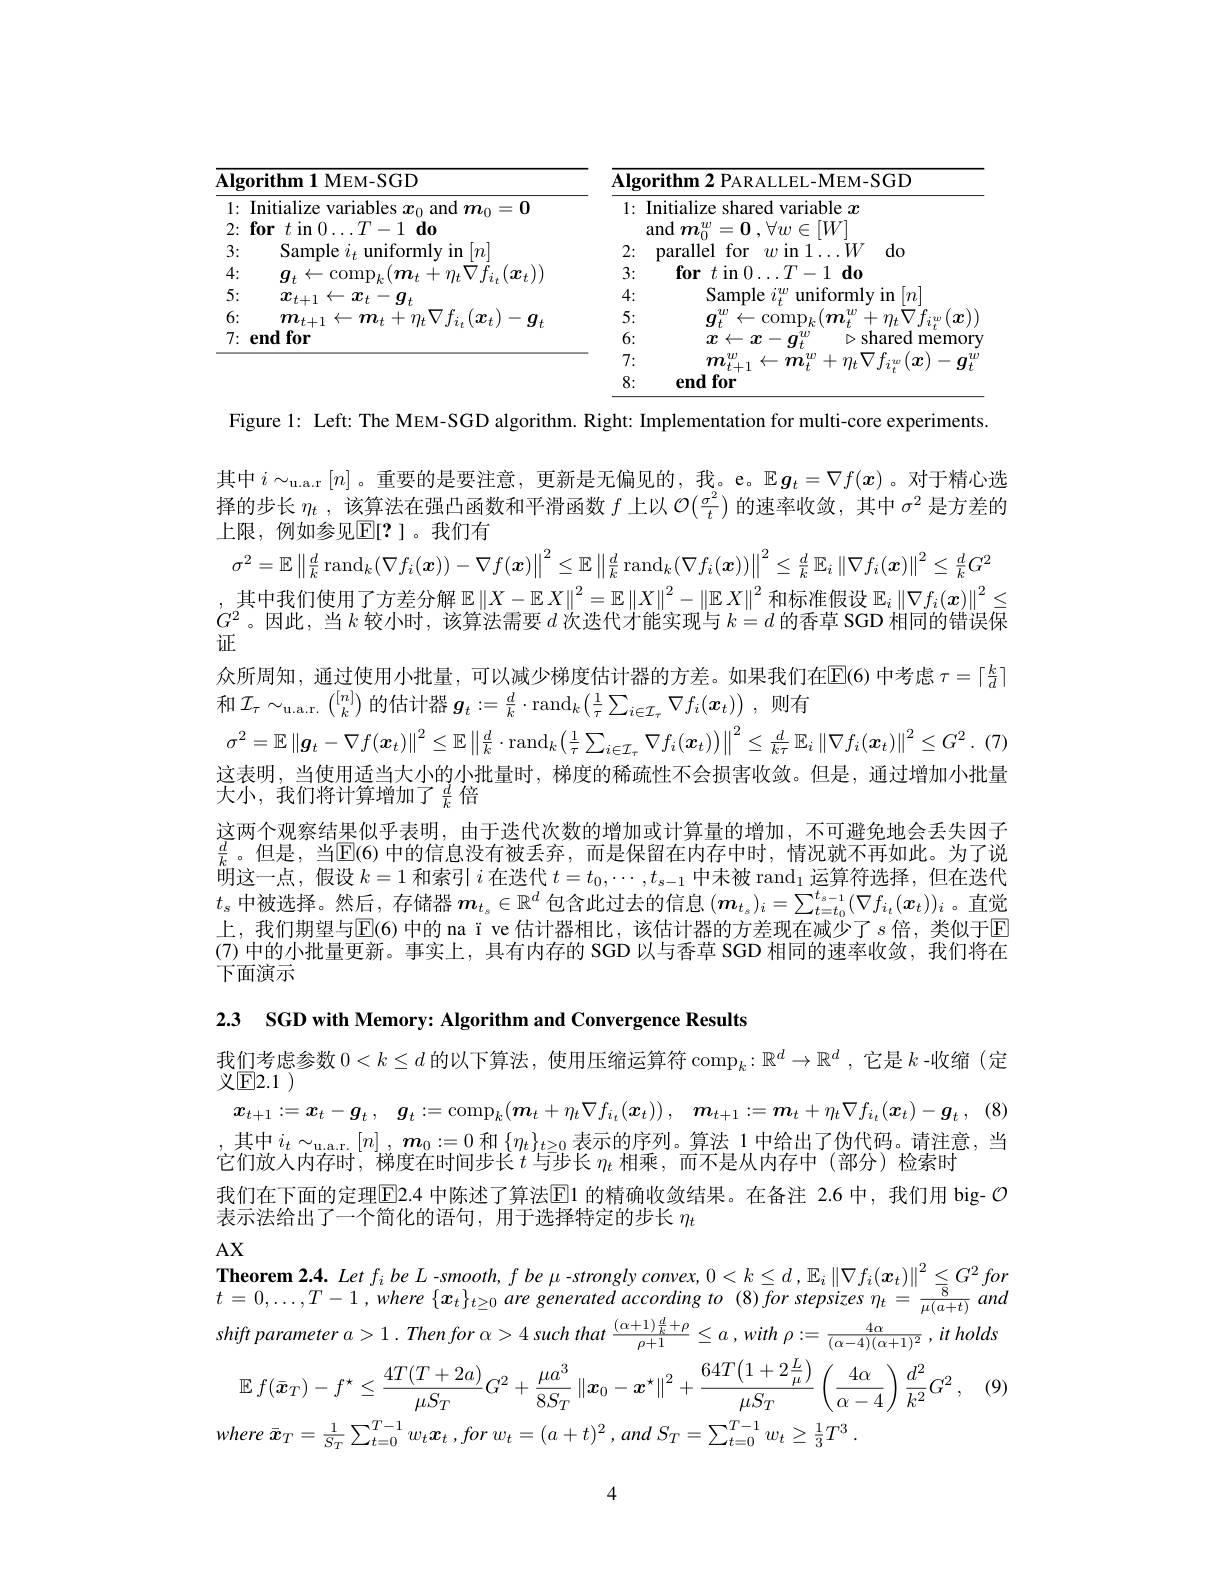
<table>
	<tbody>
		<tr>
			<th>$\mathbf{ithm1MEM-SGD}$</th>
			<th>$\overline{\mathbf{Alg}}$</th>
			<th>$\mathbf{g} _{0}\textbf{rithm 2 PARALLEL- MEM- SGD}$</th>
		</tr>
		<tr>
			<td>nitialize variables $x_0$ and $m_0=\mathbf{0}$ $\textbf{or}t$ in$0\ldots T- 1\textbf{do}$</td>
			<td>1:</td>
			<td>Initialize shared variable $x$ $\mathop{\mathrm{and}}m_{\mathrm{o}}^{w}$ $^{\prime }= 0$ $. \forall w\in [ W]$</td>
		</tr>
		<tr>
			<td>${\mathrm{Sample~}i_{t}}$uniformly in$\left[n\right]$</td>
			<td>2:</td>
			<td>parallelfor $w$ in 1$\ldots W$ $do$ $\cdot$</td>
		</tr>
		<tr>
			<td>$(m_{t}+n_{t}\nabla f_{i}(\boldsymbol{x}_{t})$ $\boldsymbol{q}_{t}\leftarrow$ $\mathrm{-~comp}_{l}$</td>
			<td>3:</td>
			<td>$\textbf{for}t$in$0\ldots T- 1\textbf{do}$</td>
		</tr>
		<tr>
			<td>$x_{t+1}\leftarrow x_{t}-g_{t}$</td>
			<td>4:</td>
			<td>Sample $i_{t}^{w}$ uniformly in $[n]$</td>
		</tr>
		<tr>
			<td>$m_{t+1}$ $\leftarrow m_{t}$ $++n_{\pm}$ $\nabla f_{i.}(\boldsymbol{x}_{t})-$ 0</td>
			<td>5:</td>
			<td>$\leftarrow($ comp$_{l}$ $(m$ -4 ${\mathbf{r}}_{\cdots{\mathbf{r}}}$ .1/7</td>
		</tr>
		<tr>
			<td>ndfor</td>
			<td>6:</td>
			<td>20 $\triangleright shared$ $\boldsymbol{T}$ 一 $2T$ memor</td>
		</tr>
		<tr>
			<td> </td>
			<td>7:</td>
			<td>$m_{t+}^w.$ $\leftarrow m^{w}+n_{t}$V $f_{:w}(\boldsymbol{r}.$</td>
		</tr>
		<tr>
			<td> </td>
			<td>8:</td>
			<td>for emd</td>
		</tr>
	</tbody>
</table>

Figure l: Left: The MEM-SGD algorithm. Right: Implementation for multi-core experiments
其中$i\sim_{\mathrm{u.a.r}}[n]$。重要的是要注意，更新是无偏见的，我。e。$\mathbb{E}\boldsymbol{g}_t=\nabla f(\boldsymbol{x})$。对于精心选择的步长$\eta_t$,该算法在强凸函数和平滑函数$f$上以$\mathcal{O}(\frac{\sigma^2}t)$的速率收敛，其中$\sigma^2$是方差的上限，例如参见$\mathbb{E}[?]$。我们有
$$\sigma^2=\mathbb{E}\left\|\frac{d}{k}\operatorname{rand}_k(\nabla f_i(\boldsymbol{x}))-\nabla f(\boldsymbol{x})\right\|^2\leq\mathbb{E}\left\|\frac{d}{k}\operatorname{rand}_k(\nabla f_i(\boldsymbol{x}))\right\|^2\leq\frac{d}{k}\mathbb{E}_i\left\|\nabla f_i(\boldsymbol{x})\right\|^2\leq\frac{d}{k}G^2$$
,其中我们使用了方差分解$\mathbb{E}\left\|X-\mathbb{E}X\right\|^2=\mathbb{E}\left\|X\right\|^2-\left\|\mathbb{E}X\right\|^2$和标准假设 $\mathbb{E}_i\left\|\nabla f_i(\boldsymbol{x})\right\|^2\leq$ $G^2$。因此，当$k$较小时，该算法需要$d$次迭代才能实现与$k=d$的香草 SGD 相同的错误保证
众所周知，通过使用小批量，可以减少梯度估计器的方差。如果我们在$\mathbb{E}(6)$ 中考虑 $\tau=\lceil\frac kd\rceil$
和$\mathcal{I}_\tau\sim_\mathrm{u.a.r.~}\binom{[n]}k$的估计器$g_t:=\frac dk\cdot\operatorname{rand}_k\left(\frac1\tau\sum_{i\in\mathcal{I}_\tau}\nabla f_i(x_t)\right)$,则有
$$\sigma^{2}=\mathbb{E}\left\|\boldsymbol{g}_{t}-\nabla f(\boldsymbol{x}_{t})\right\|^{2}\leq\mathbb{E}\left\|\frac{d}{k}\cdot\mathrm{rand}_{k}\left(\frac{1}{\tau}\sum_{i\in\mathcal{I}_{\tau}}\nabla f_{i}(\boldsymbol{x}_{t})\right)\right\|^{2}\leq\frac{d}{k\tau}\mathbb{E}_{i}\left\|\nabla f_{i}(\boldsymbol{x}_{t})\right\|^{2}\leq G^{2}$$
这表明，当使用适当大小的小批量时，梯度的稀疏性不会损害收敛。但是，通过增加小批量
大小，我们将计算增加了$\frac dk$倍
这两个观察结果似乎表明，由于迭代次数的增加或计算量的增加，不可避免地会丢失因子$\frac dk$。但是，当$\overline{\mathrm{E}}(6)$ 中的信息没有被丢弃，而是保留在内存中时，情况就不再如此。为了说$\ddot{\text{明这一点，假设 }k=1\text{ 和索引 }i\text{ 在迭代 }t=t_0,\cdots,t_{s-1}\text{ 中未被 rand}_1\text{ 运算符选择，但在迭代}}$ $t_s$中被选择。然后，存储器$\boldsymbol{m}_t_s\in\mathbb{R}^d$包含此过去的信息$(\boldsymbol{m}_t_s)_i=\sum_{t=t_0}^{t_{s-1}}(\nabla f_{i_t}(\boldsymbol{x}_t))_i$ 。直觉上，我们期望与$\mathbb{E}(6)$ 中的 na ï ve 估计器相比，该估计器的方差现在减少了$s$ 倍，类似于E (7) 中的小批量更新。事实上，具有内存的 SGD 以与香草 SGD 相同的速率收敛，我们将在下面演示

2.3 SGD with Memory: Algorithm and Convergence Results

$x_{t+ 1}: = x_t- g_t$ , $g_t: = \operatorname { comp} _k( \boldsymbol{m}_t+ \eta _t\nabla f_{i_t}( \boldsymbol{x}_t) )$ , $\boldsymbol{m}_{t+ 1}: = \boldsymbol{m}_t+ \eta _t\nabla f_{i_t}( \boldsymbol{x}_t) - \boldsymbol{g}_t$ , (8)

我们考虑参数$0<k\leq d$的以下算法，使用压缩运算符 comp$_k:\mathbb{R}^d\to\mathbb{R}^d$,它是$k$ -收缩(定
义$\textcircled{\mathrm{F}}2.1$
,其中$i_t\sim_{\mathrm{u.a.r.}}[n],\boldsymbol{m}_0:=0$ 和$\left\{\eta_t\right\}_t\geq0$表示的序列。算法 1 中给出了伪代码。请注意，当
它们放人内存时，梯度在时间步长$t$与步长$\eta_t$相乘，而不是从内存中(部分)检索时
我们在下面的定理$\overline{\mathrm{E}}$2.4 中陈述了算法$\mathbb{E}$1 的精确收敛结果。在备注 2.6 中，我们用 big- $\mathcal{O}$
表示法给出了一个简化的语句，用于选择特定的步长$\eta_t$
AX

$\textbf{Theorem 2.4. Let f}_{i}$ be L-smooth, f be $\mu$ -strongly convex, $0<k\leq d,\mathbb{E}_{i}\left\|\nabla f_{i}(\boldsymbol{x}_{t})\right\|^{2}\leq G^{2}for$

$t= 0, \ldots , T- 1, where$ $\{ x_{t}\} _{t\geq 0}$ are generated according to (8)for stepsizes $\eta_t=\frac{8}{\mu(a+t)}$ anc shift parameter $a> 1. Then$ for $\alpha > 4$ such that $\frac {( \alpha + 1) \frac dk+ \rho }{\rho + 1}\leq a$ $, with$ $\rho : = \frac {4\alpha }{( \alpha - 4) ( \alpha + 1) ^2}$ $, it$ holds
$$\begin{aligned}&\mathbb{E}\:f(\bar{\boldsymbol{x}}_{T})-f^{\star}\leq\frac{4T(T+2a)}{\mu S_{T}}G^{2}+\frac{\mu a^{3}}{8S_{T}}\left\|\boldsymbol{x}_{0}-\boldsymbol{x}^{\star}\right\|^{2}+\frac{64T\left(1+2\frac{L}{\mu}\right)}{\mu S_{T}}\left(\frac{4\alpha}{\alpha-4}\right)\frac{d^{2}}{k^{2}}G^{2}\:,\\&ere\:\bar{\boldsymbol{x}}_{T}=\frac{1}{S_{T}}\sum_{t=0}^{T-1}w_{t}\boldsymbol{x}_{t}\:,\:for\:w_{t}=(a+t)^{2}\:,\:and\:S_{T}=\sum_{t=0}^{T-1}w_{t}\geq\frac{1}{3}T^{3}\:.\end{aligned}$$
4